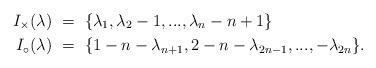
LaTeX: \begin{align*} I_\times(\lambda)\ & =\ \{ \lambda_1 , \lambda_2 - 1, ... , \lambda_n - n +1 \} \\ I_\circ(\lambda)\ & = \ \{ 1 - n - \lambda_{n+1} , 2 - n - \lambda_{2n-1} , ... , - \lambda_{2n} \}. \end{align*}